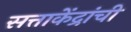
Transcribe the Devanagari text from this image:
सत्ताकेंद्रांची